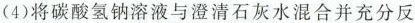
(4)将碳酸氢钠溶液与澄清石灰水混合并充分反